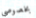
بخصوصي